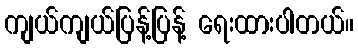
ကျယ်ကျယ်ပြန့်ပြန့် ရေးထားပါတယ်။